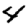
Digit: 4